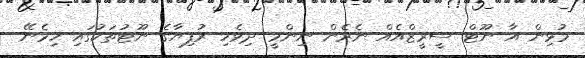
މުޅިން އާ ނޫޓް ސީރީޒްއެއް ނެރެން ނިންމީ ދިވެހި ރުފިޔާގެ ނޫޓުތަކުގައި ހިމެނޭ